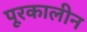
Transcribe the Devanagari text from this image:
पूरकालीन